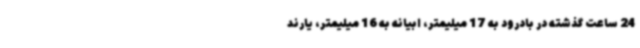
24 ساعت گذشته در بادرود به 17 میلیمتر، ابیانه به 16 میلیمتر، یارند